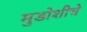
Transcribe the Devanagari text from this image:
मुडोशीचे